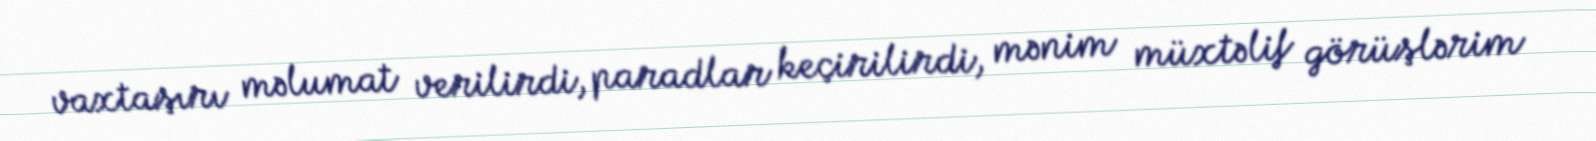
vaxtaşırı məlumat verilirdi, paradlar keçirilirdi, mənim müxtəlif görüşlərim